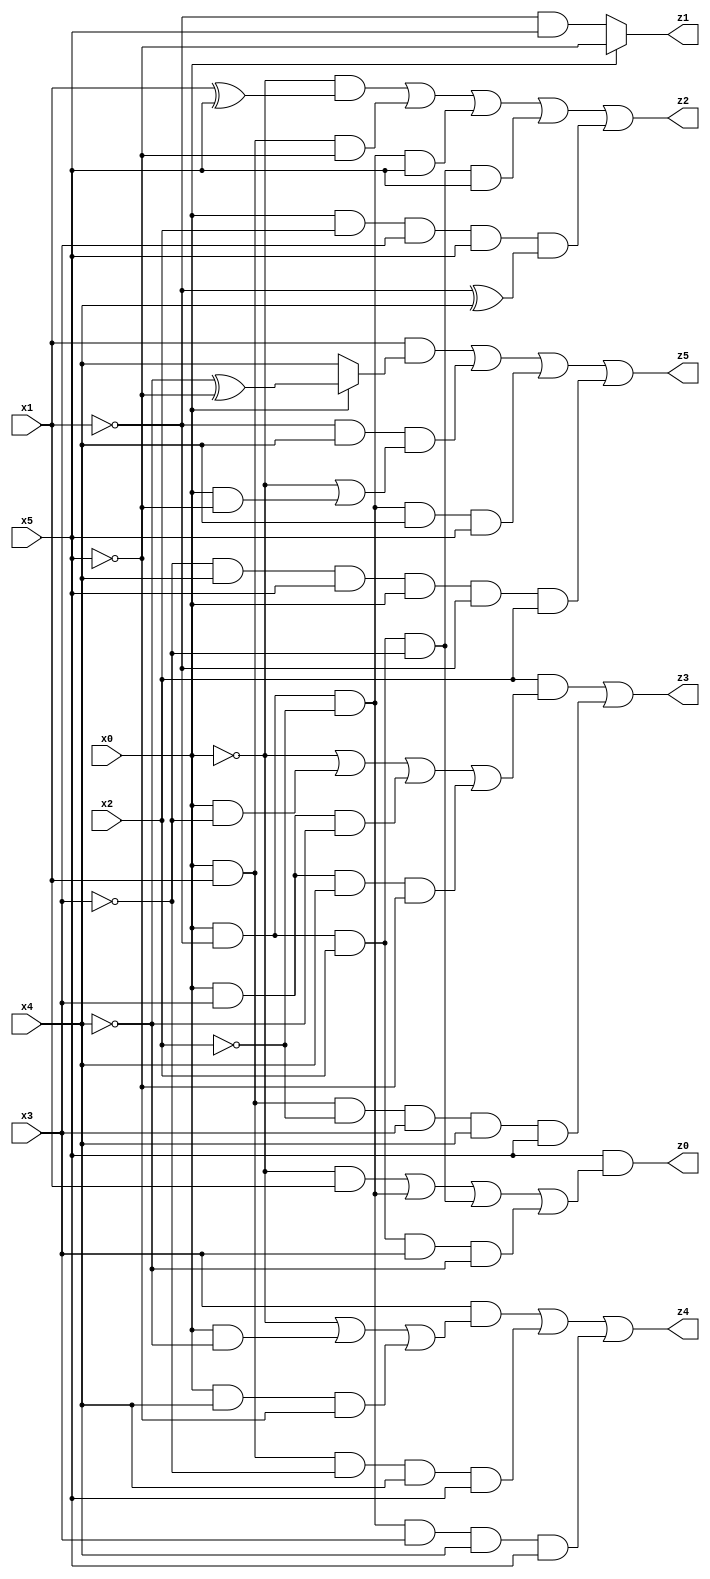
// Benchmark "X_43" written by ABC on Thu Jun 29 03:19:16 2023

module X_43 ( 
    x0, x1, x2, x3, x4, x5,
    z0, z1, z2, z3, z4, z5  );
  input  x0, x1, x2, x3, x4, x5;
  output z0, z1, z2, z3, z4, z5;
  assign z0 = x5 & ((~x0 & x1) | (x0 & ~x1 & ~x2) | (x0 & ~x1 & x2 & ~x3) | (x0 & ~x1 & x2 & x3 & ~x4));
  assign z1 = x0 ? ~x5 : (~x1 & x5);
  assign z2 = (~x0 & (x1 ^ x5)) | (x0 & x1 & ~x5) | (x0 & ~x1 & ~x2 & x5) | (x0 & ~x1 & x2 & ~x3 & x5) | (x0 & x2 & x3 & x5 & (~x1 ^ x4));
  assign z3 = (x2 & (~x0 | (x0 & ~x3) | (x0 & x3 & ~x4) | (x0 & x3 & x4 & ~x5))) | (x0 & x1 & ~x2 & x3 & x4 & x5);
  assign z4 = (x3 & (~x0 | (x0 & ~x4) | (x0 & x4 & ~x5))) | (x0 & x1 & ~x3 & x4 & x5) | (x0 & ~x1 & ~x2 & x3 & x4 & x5);
  assign z5 = (x1 & (x0 ? (~x4 ^ ~x5) : x4)) | (~x1 & x4 & (~x0 | (x0 & ~x5))) | (x0 & ~x1 & ~x2 & x4 & x5) | (~x3 & x4 & x5 & x0 & ~x1 & x2);
endmodule